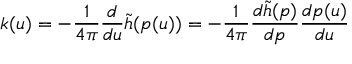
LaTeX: k ( u ) = - \frac { 1 } { 4 \pi } \frac { d } { d u } \tilde { h } ( p ( u ) ) = - \frac { 1 } { 4 \pi } \frac { d \tilde { h } ( p ) } { d p } \frac { d p ( u ) } { d u }